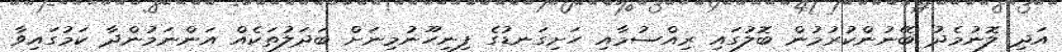
އަދި ލޮނުމެދު ބޭނުންކުރުމުން ބޮލުގައި ރިއްސުމާއި ހަށިގަނޑުގެ ފިނިހޫނުމިނަށް ބަދަލުތަކެއް އަންނަމުންދާ ކަމުގައިވާ